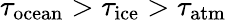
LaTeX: \tau_{\mathrm{ocean}}>\tau_{\mathrm{ice}}>\tau_{\mathrm{atm}}